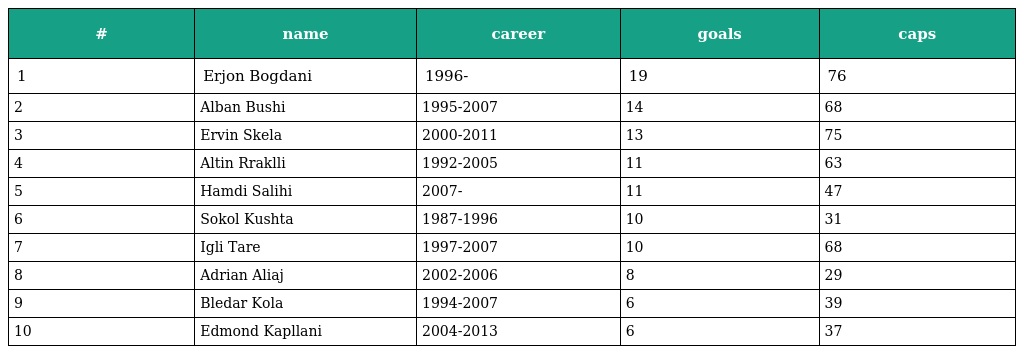
| # | name | career | goals | caps |
 | --- | --- | --- | --- | --- |
 | 1 | Erjon Bogdani | 1996- | 19 | 76 |
 | 2 | Alban Bushi | 1995-2007 | 14 | 68 |
 | 3 | Ervin Skela | 2000-2011 | 13 | 75 |
 | 4 | Altin Rraklli | 1992-2005 | 11 | 63 |
 | 5 | Hamdi Salihi | 2007- | 11 | 47 |
 | 6 | Sokol Kushta | 1987-1996 | 10 | 31 |
 | 7 | Igli Tare | 1997-2007 | 10 | 68 |
 | 8 | Adrian Aliaj | 2002-2006 | 8 | 29 |
 | 9 | Bledar Kola | 1994-2007 | 6 | 39 |
 | 10 | Edmond Kapllani | 2004-2013 | 6 | 37 |